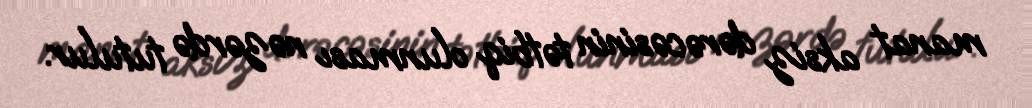
manat aksiz dərəcəsinin tətbiq olunması nəzərdə tutulur.